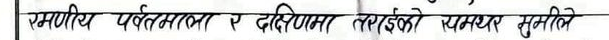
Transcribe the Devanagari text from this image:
रमणीय पर्वतमाला र दक्षिणमा तराईको समथर भूमिले